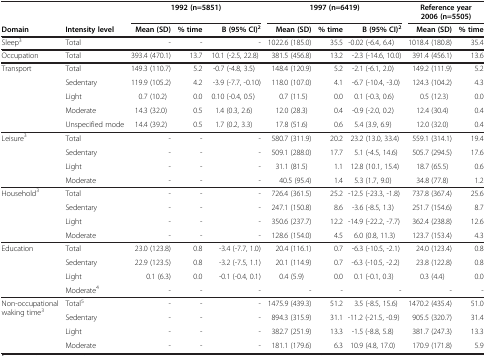
<table><thead><tr><td>[EMPTY_CELL]</td><td>[EMPTY_CELL]</td><td colspan="3"><b>1992 (n=5851)</b></td><td colspan="3"><b>1997 (n=6419)</b></td><td colspan="2"><b>Reference year 2006 (n=5505)</b></td></tr><tr><td><b>Domain</b></td><td><b>Intensity level</b></td><td><b>Mean (SD)</b></td><td><b>% time</b></td><td><b>B (95% CI)<sup>2</sup></b></td><td><b>Mean (SD)</b></td><td><b>% time</b></td><td><b>B (95% CI)<sup>2</sup></b></td><td><b>Mean (SD)</b></td><td><b>% time</b></td></tr></thead><tbody><tr><td>Sleep<sup>3</sup></td><td>Total</td><td>-</td><td>-</td><td>-</td><td>1022.6 (185.0)</td><td>35.5</td><td>-0.02 (-6.4, 6.4)</td><td>1018.4 (180.8)</td><td>35.4</td></tr><tr><td>Occupation</td><td>Total</td><td>393.4 (470.1)</td><td>13.7</td><td>10.1 (-2.5, 22.8)</td><td>381.5 (456.8)</td><td>13.2</td><td>-2.3 (-14.6, 10.0)</td><td>391.4 (456.1)</td><td>13.6</td></tr><tr><td>Transport</td><td>Total</td><td>149.3 (110.7)</td><td>5.2</td><td>-0.7 (-4.8, 3.5)</td><td>148.4 (120.9)</td><td>5.2</td><td>-2.1 (-6.1, 2.0)</td><td>149.2 (111.9)</td><td>5.2</td></tr><tr><td>[EMPTY_CELL]</td><td>Sedentary</td><td>119.9 (105.2)</td><td>4.2</td><td>-3.9 (-7.7, -0.10)</td><td>118.0 (107.0)</td><td>4.1</td><td>-6.7 (-10.4, -3.0)</td><td>124.3 (104.2)</td><td>4.3</td></tr><tr><td>[EMPTY_CELL]</td><td>Light</td><td>0.7 (10.2)</td><td>0.0</td><td>0.10 (-0.4, 0.5)</td><td>0.7 (11.5)</td><td>0.0</td><td>0.1 (-0.3, 0.6)</td><td>0.5 (12.3)</td><td>0.0</td></tr><tr><td>[EMPTY_CELL]</td><td>Moderate</td><td>14.3 (32.0)</td><td>0.5</td><td>1.4 (0.3, 2.6)</td><td>12.0 (28.3)</td><td>0.4</td><td>-0.9 (-2.0, 0.2)</td><td>12.4 (30.4)</td><td>0.4</td></tr><tr><td>[EMPTY_CELL]</td><td>Unspecified mode</td><td>14.4 (39.2)</td><td>0.5</td><td>1.7 (0.2, 3.3)</td><td>17.8 (51.6)</td><td>0.6</td><td>5.4 (3.9, 6.9)</td><td>12.0 (32.0)</td><td>0.4</td></tr><tr><td>Leisure<sup>3</sup></td><td>Total</td><td>-</td><td>-</td><td>-</td><td>580.7 (311.9)</td><td>20.2</td><td>23.2 (13.0, 33.4)</td><td>559.1 (314.1)</td><td>19.4</td></tr><tr><td>[EMPTY_CELL]</td><td>Sedentary</td><td>-</td><td>-</td><td>-</td><td>509.1 (288.0)</td><td>17.7</td><td>5.1 (-4.5, 14.6)</td><td>505.7 (294.5)</td><td>17.6</td></tr><tr><td>[EMPTY_CELL]</td><td>Light</td><td>-</td><td>-</td><td>-</td><td>31.1 (81.5)</td><td>1.1</td><td>12.8 (10.1, 15.4)</td><td>18.7 (65.5)</td><td>0.6</td></tr><tr><td>[EMPTY_CELL]</td><td>Moderate</td><td>-</td><td>-</td><td>-</td><td>40.5 (95.4)</td><td>1.4</td><td>5.3 (1.7, 9.0)</td><td>34.8 (77.8)</td><td>1.2</td></tr><tr><td>Household<sup>3</sup></td><td>Total</td><td>-</td><td>-</td><td>-</td><td>726.4 (361.5)</td><td>25.2</td><td>-12.5 (-23.3, -1.8)</td><td>737.8 (367.4)</td><td>25.6</td></tr><tr><td>[EMPTY_CELL]</td><td>Sedentary</td><td>-</td><td>-</td><td>-</td><td>247.1 (150.8)</td><td>8.6</td><td>-3.6 (-8.5, 1.3)</td><td>251.7 (154.6)</td><td>8.7</td></tr><tr><td>[EMPTY_CELL]</td><td>Light</td><td>-</td><td>-</td><td>-</td><td>350.6 (237.7)</td><td>12.2</td><td>-14.9 (-22.2, -7.7)</td><td>362.4 (238.8)</td><td>12.6</td></tr><tr><td>[EMPTY_CELL]</td><td>Moderate</td><td>-</td><td>-</td><td>-</td><td>128.6 (154.0)</td><td>4.5</td><td>6.0 (0.8, 11.3)</td><td>123.7 (153.4)</td><td>4.3</td></tr><tr><td>Education</td><td>Total</td><td>23.0 (123.8)</td><td>0.8</td><td>-3.4 (-7.7, 1.0)</td><td>20.4 (116.1)</td><td>0.7</td><td>-6.3 (-10.5, -2.1)</td><td>24.0 (123.4)</td><td>0.8</td></tr><tr><td>[EMPTY_CELL]</td><td>Sedentary</td><td>22.9 (123.5)</td><td>0.8</td><td>-3.2 (-7.5, 1.1)</td><td>20.1 (114.9)</td><td>0.7</td><td>-6.3 (-10.5, -2.2)</td><td>23.8 (122.8)</td><td>0.8</td></tr><tr><td>[EMPTY_CELL]</td><td>Light</td><td>0.1 (6.3)</td><td>0.0</td><td>-0.1 (-0.4, 0.1)</td><td>0.4 (5.9)</td><td>0.0</td><td>0.1 (-0.1, 0.3)</td><td>0.3 (4.4)</td><td>0.0</td></tr><tr><td>[EMPTY_CELL]</td><td>Moderate<sup>4</sup></td><td>-</td><td>-</td><td>-</td><td>-</td><td>-</td><td>-</td><td>-</td><td>-</td></tr><tr><td rowspan="2">Non-occupational waking time<sup>3</sup></td><td>Total<sup>5</sup></td><td>-</td><td>-</td><td>-</td><td>1475.9 (439.3)</td><td>51.2</td><td>3.5 (-8.5, 15.6)</td><td>1470.2 (435.4)</td><td>51.0</td></tr><tr><td>Sedentary</td><td>-</td><td>-</td><td>-</td><td>894.3 (315.9)</td><td>31.1</td><td>-11.2 (-21.5, -0.9)</td><td>905.5 (320.7)</td><td>31.4</td></tr><tr><td>[EMPTY_CELL]</td><td>Light</td><td>-</td><td>-</td><td>-</td><td>382.7 (251.9)</td><td>13.3</td><td>-1.5 (-8.8, 5.8)</td><td>381.7 (247.3)</td><td>13.3</td></tr><tr><td>[EMPTY_CELL]</td><td>Moderate</td><td>-</td><td>-</td><td>-</td><td>181.1 (179.6)</td><td>6.3</td><td>10.9 (4.8, 17.0)</td><td>170.9 (171.8)</td><td>5.9</td></tr></tbody></table>